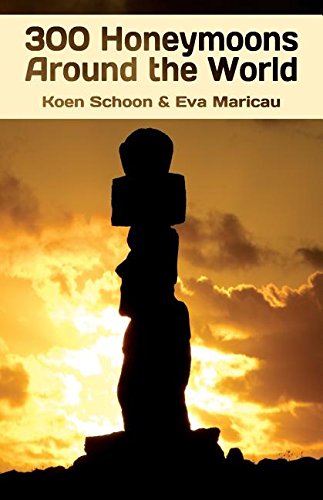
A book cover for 300 Honeymoons Around the World; Koen Schoon; Crafts, Hobbies & Home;